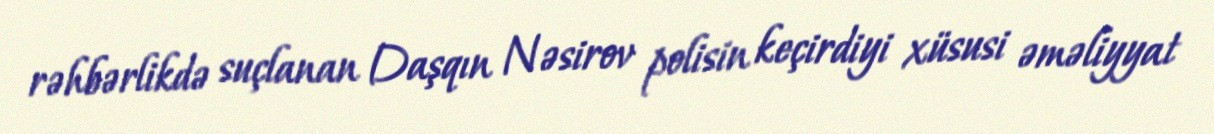
rəhbərlikdə suçlanan Daşqın Nəsirov polisin keçirdiyi xüsusi əməliyyat